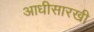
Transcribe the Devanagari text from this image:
आधीसारखी